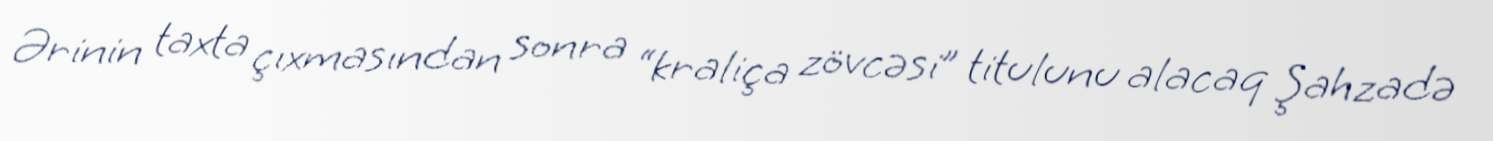
Ərinin taxta çıxmasından sonra “kraliça zövcəsi” titulunu alacaq Şahzadə